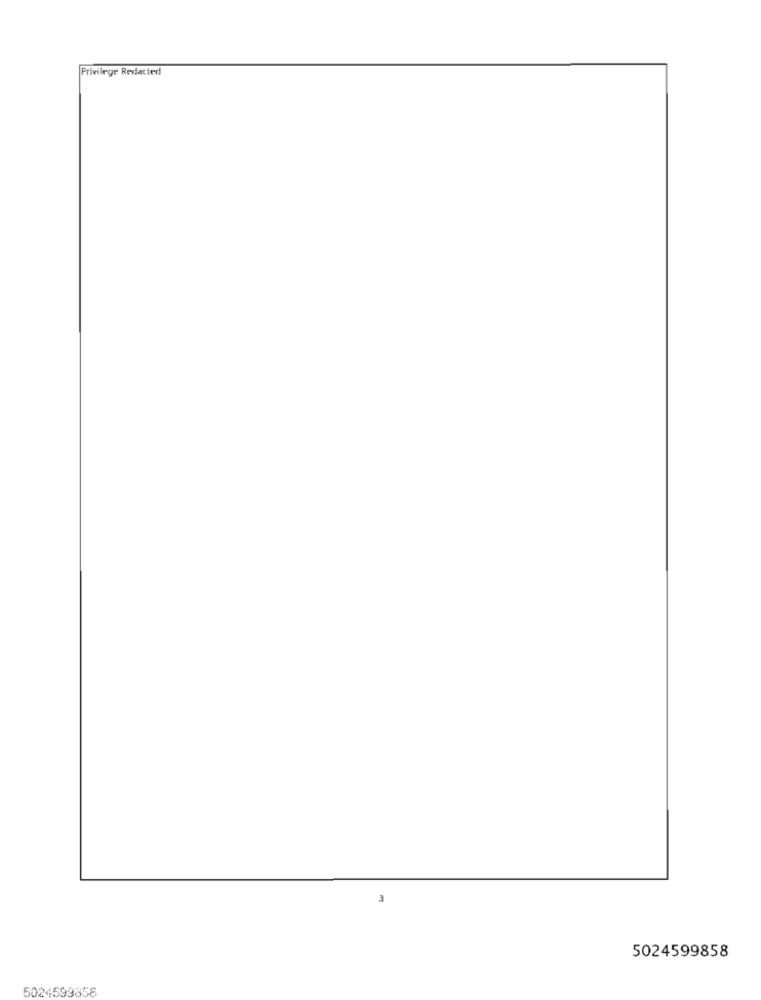
Privilege Resected
5024599858
5024599858